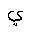
Letter: _ya